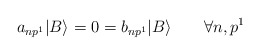
\begin{align*}a_{np^1} |B \rangle = 0 = b_{np^1} |B \rangle \qquad \forall n,p^1 \end{align*}